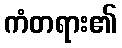
ကံတရား၏